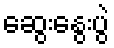
ဆွေးနွေးပွဲ